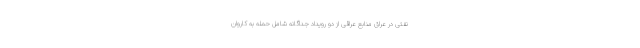
نفتی در عراق منابع عراقی از دو رویداد جداگانه شامل حمله به کاروان